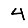
Digit: 4